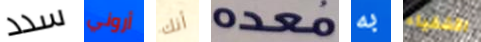
سدد أروني أنك معدة به الأشقياء